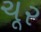
ચૂર